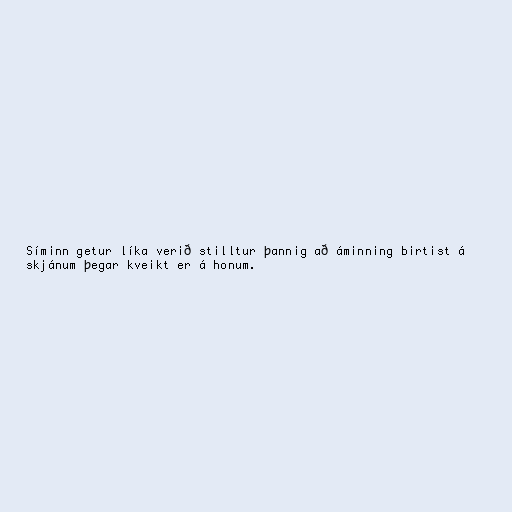
Síminn getur líka verið stilltur þannig að áminning birtist á
skjánum þegar kveikt er á honum.